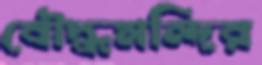
বৌদ্ধমন্দির